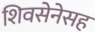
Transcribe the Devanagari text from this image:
शिवसेनेसह